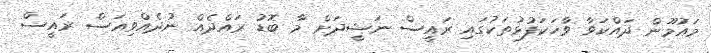
މައުމޫން ދައްކަވާ ވާހަކަފުޅުތަކުގައި ރައީސް ނަޝީދަށް މާ ބޮޑު ރައްދެއް ނުދެއްވިއަސް ރައީސް